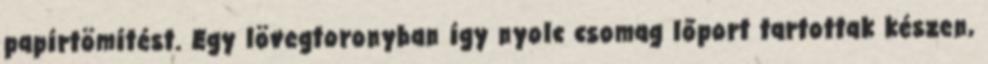
papírtömítést. Egy lövegtoronyban így nyolc csomag lőport tartottak készen,